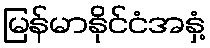
မြန်မာနိုင်ငံအနှံ့